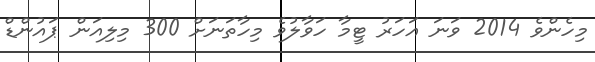
މިހެންވެ 2014 ވަނަ އަހަރު ޓީމާ ހަވާލުވެ މިހާތަނަށް 300 މިލިއަން ޕައުންޑް